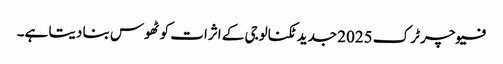
فیوچر ٹرک 2025 جدید ٹکنالوجی کے اثرات کو ٹھوس بنا دیتا ہے۔